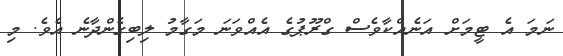
ނަމަ އެ ޓީމަށް އަނެއްކާވެސް ގްރޫޕުގެ އެއްވަނަ މަގާމު ލިބިގެންދާނެ އެވެ. މި